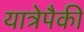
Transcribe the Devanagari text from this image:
यात्रेपैकी